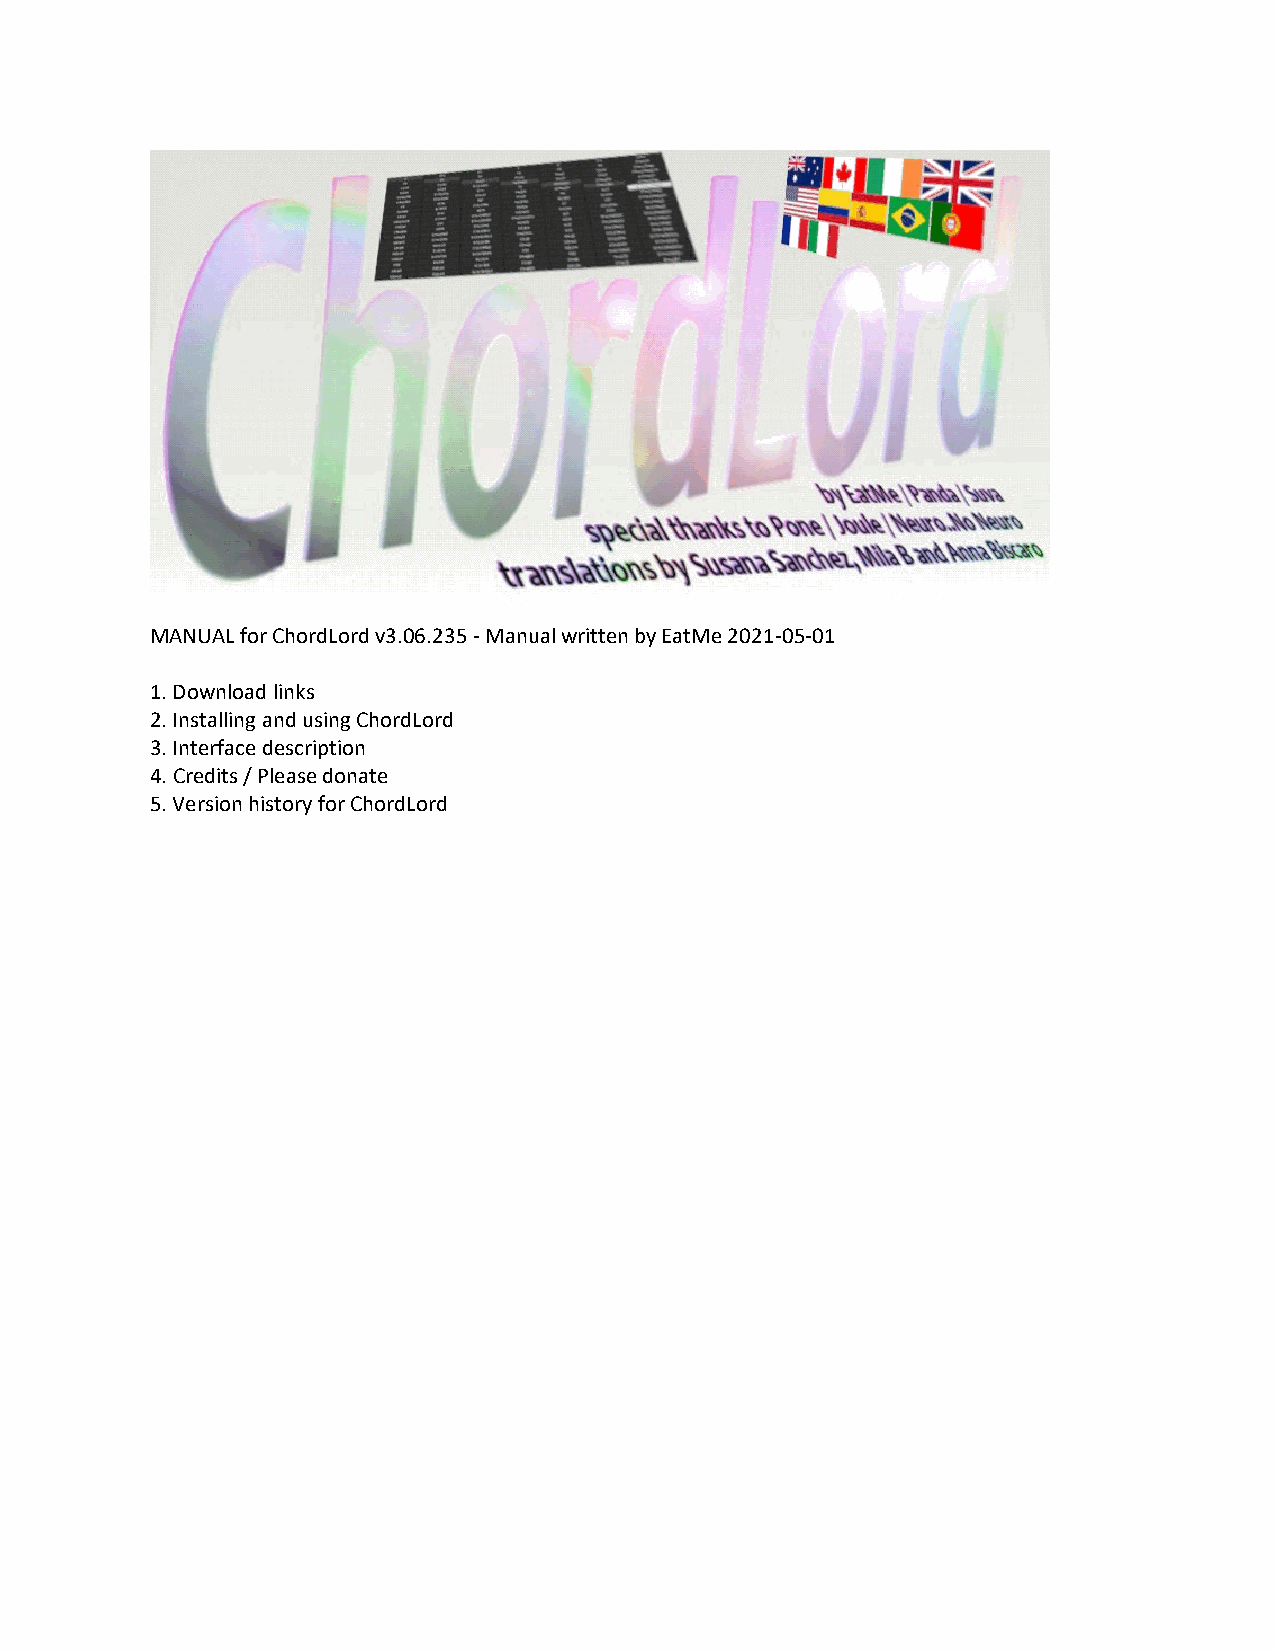
MANUAL for ChordLord v3.06.235 - Manual written by EatMe 2021-05-01
 1. Download links
 2. Installing and using ChordLord
 3. Interface description
 4. Credits / Please donate
 5. Version history for ChordLord